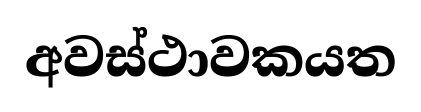
අවස්ථාවකයත